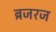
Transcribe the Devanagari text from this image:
ब्रजरज